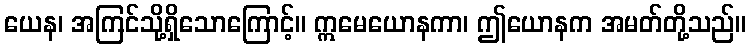
ယေန၊ အကြင်သို့ရှိသောကြောင့်။ ဣမေယောနကာ၊ ဤယောနက အမတ်တို့သည်။